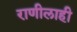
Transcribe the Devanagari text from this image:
राणीलाही